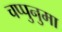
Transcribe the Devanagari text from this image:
चप्पुनुमा